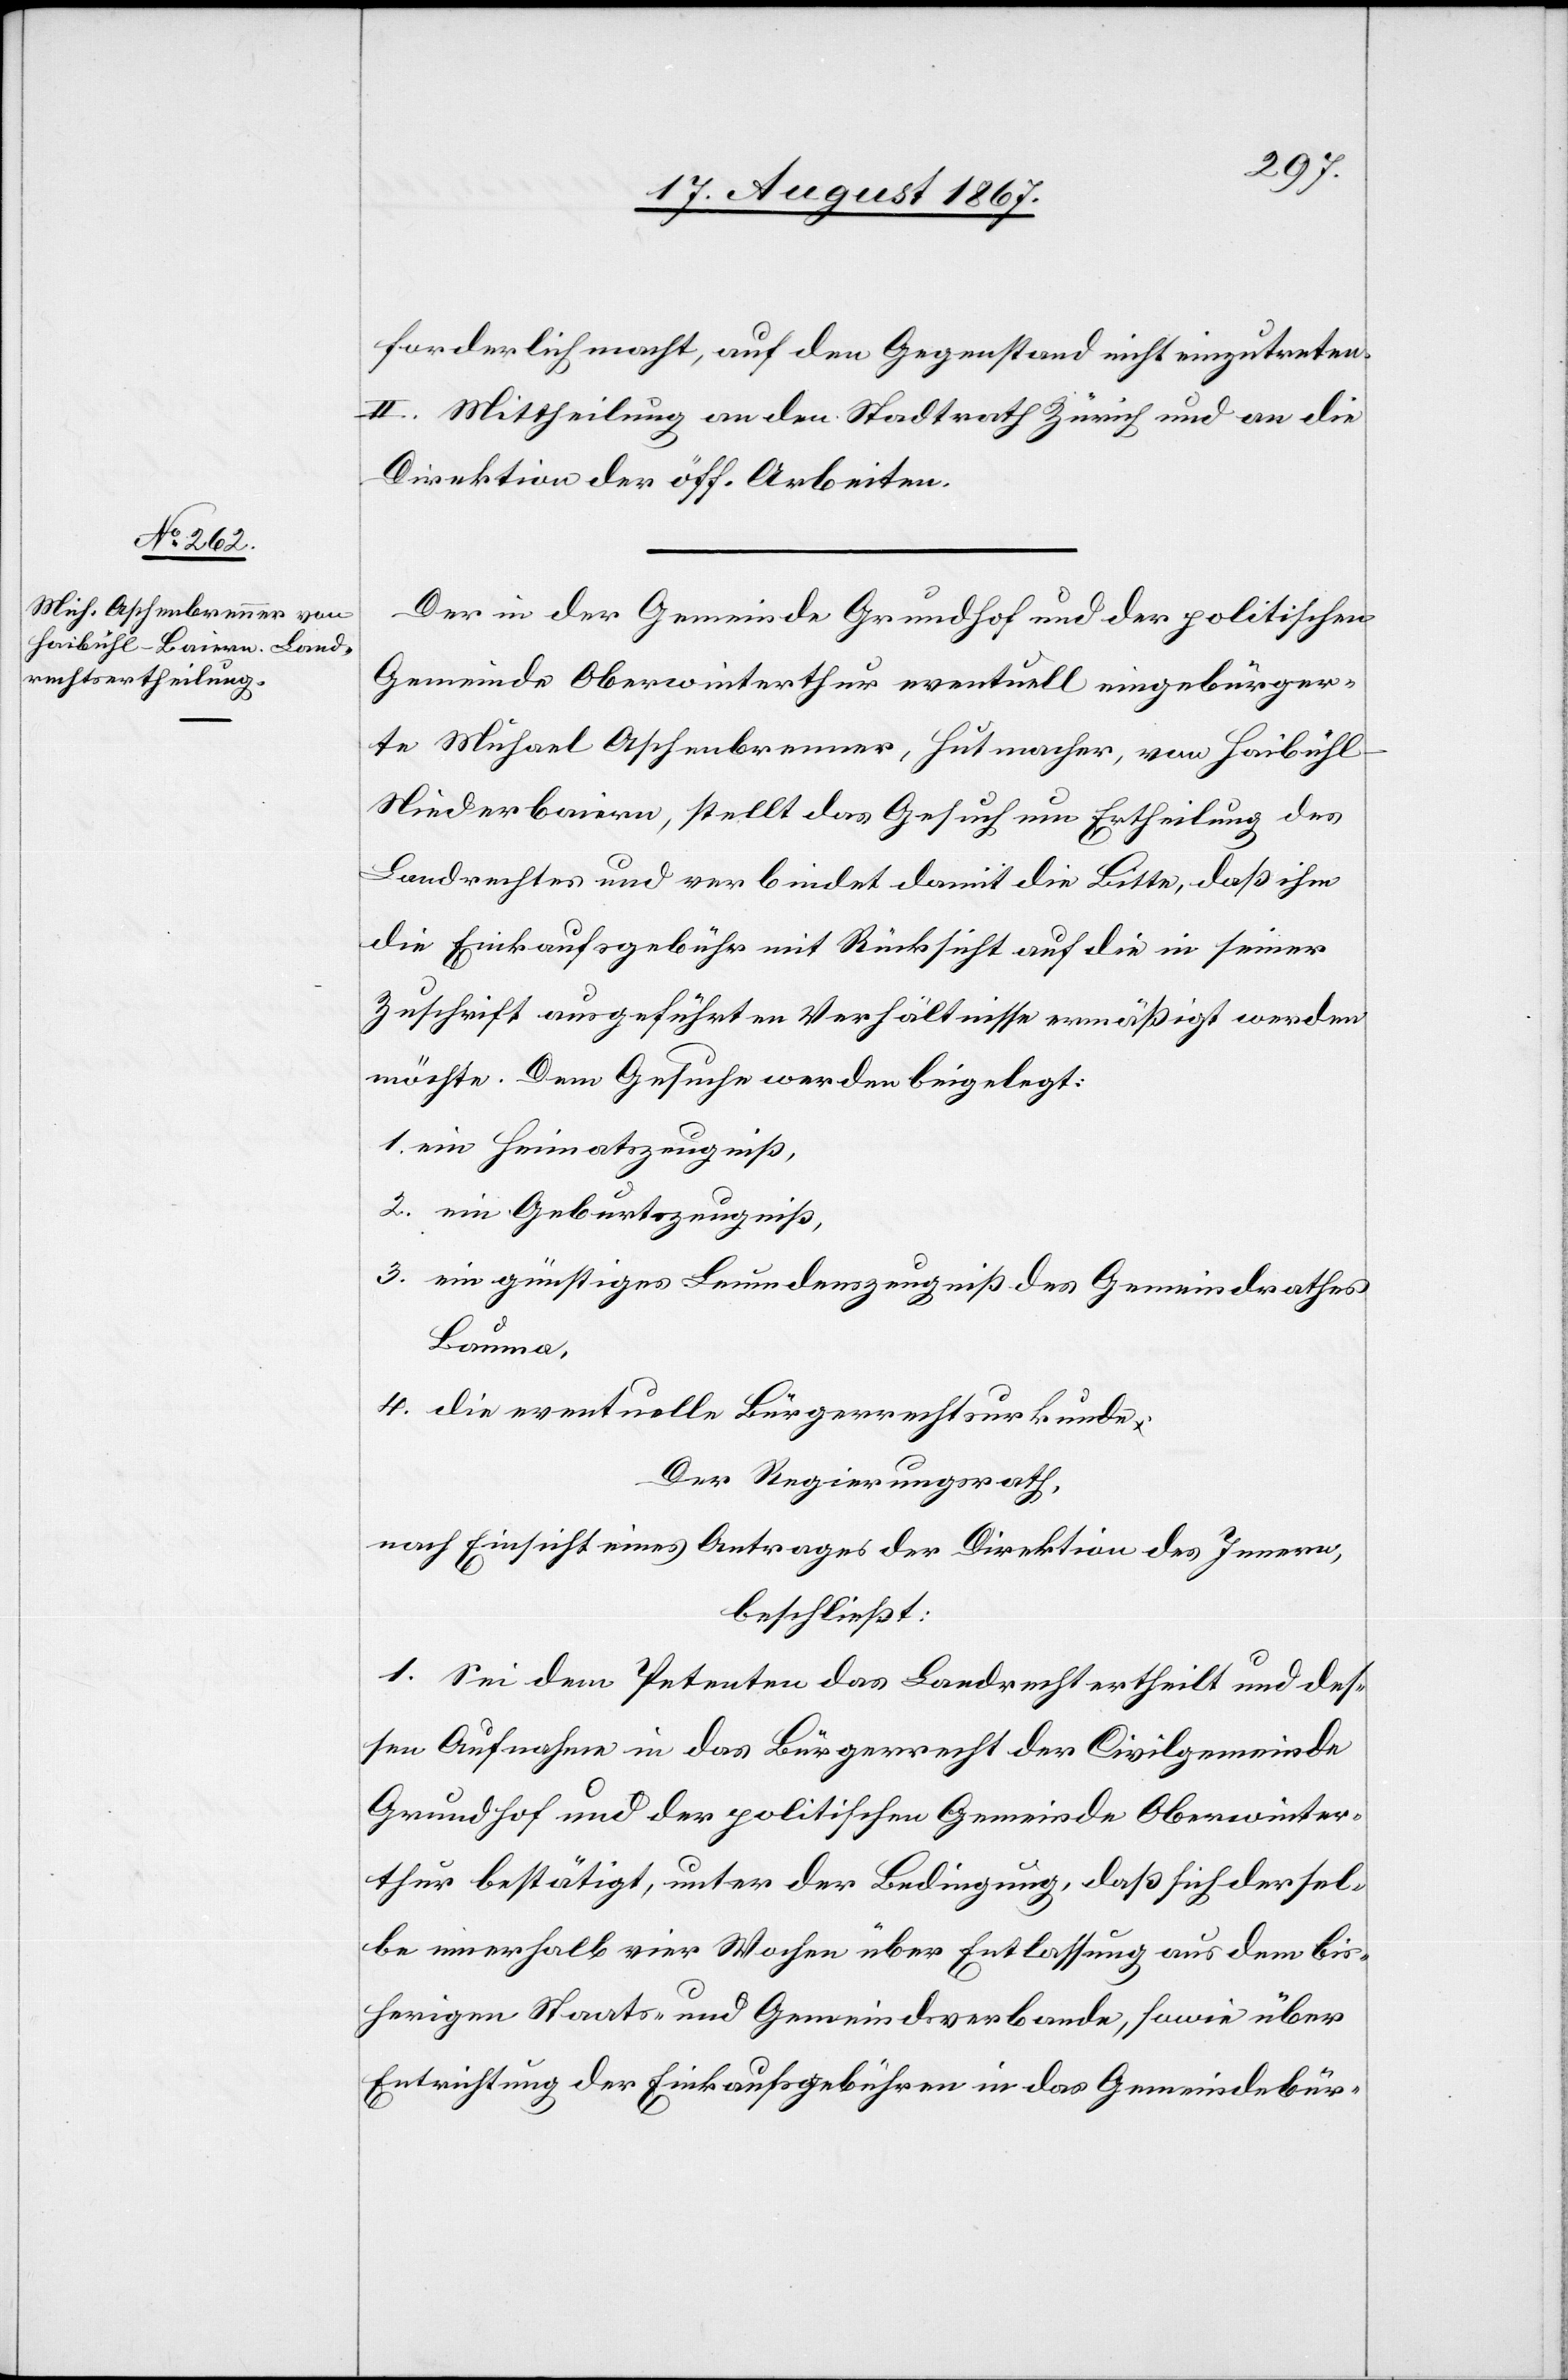
forderlich macht, auf den Gegenstand nicht einzutreten.
II. Mittheilung an den Stadtrath Zürich und an die
Direktion der öff. Arbeiten.
Der in der Gemeinde Grundhof und der politischen
Gemeinde Oberwinterthur eventuell eingebürger¬
te Michael Aschenbrenner, Hutmacher, von Haibühl
Niederbaiern, stellt das Gesuch um Ertheilung des
Landrechtes und verbindet damit die Bitte, daß ihm
die Einkaufsgebühr mit Rücksicht auf die in seiner
Zuschrift ausgeführten Verhältnisse ermäßigt werden
möchte. Dem Gesuche werde beigelegt:
1. ein Heimatszeugniß,
2. ein Geburtszeugniß,
3. ein günstiges Leumdenszeugniß des Gemeindrathes
Bauma,
4. die eventuelle Bürgerrechtsurkunde.
Der Regierungsrath,
nach Einsicht eines Antrages der Direktion des Innern,
beschließt:
1. Sei dem Petenten das Landrecht ertheilt und des¬
sen Aufnahme in das Bürgerrecht der Civilgemeinde
Grundhof und der politischen Gemeinde Oberwinter¬
thur bestätigt, unter der Bedingung, daß sich dersel¬
be innerhalb vier Wochen über Entlassung aus dem bis¬
herigen Staats- und Gemeindsverbande, sowie über
Entrichtung der Einkaufsgebühren in das Gemeindebür-